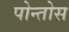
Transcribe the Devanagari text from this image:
पोन्तोस